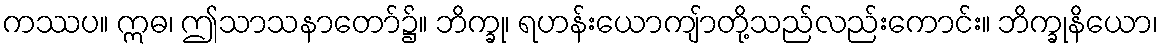
ကဿပ။ ဣဓ၊ ဤသာသနာတော်၌။ ဘိက္ခု၊ ရဟန်းယောကျ်ာတို့သည်လည်းကောင်း။ ဘိက္ခုနိယော၊